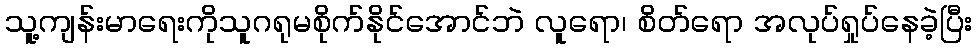
သူ့ကျန်းမာရေးကိုသူဂရုမစိုက်နိုင်အောင်ဘဲ လူရော၊ စိတ်ရော အလုပ်ရှုပ်နေခဲ့ပြီး